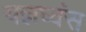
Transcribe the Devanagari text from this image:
यज्ञघ्वंस